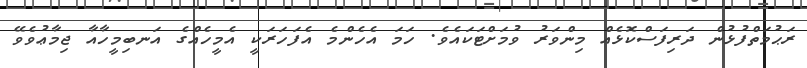
ރަޙުމަތްފުޅުން ދަރިފަސްކޮޅެއް މިންވަރު ވުމަށްޓަކައެވެ. ހަމަ އެހެންމެ އެފަހަރަކީ އެމީހެއްގެ އަނބިމީހާއާ ޖިމާޢުވެވޭ